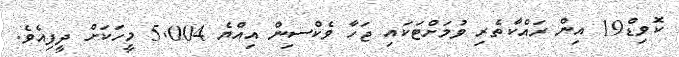
ކޮވިޑް19 އިން ރައްކާތެރި ވުމަށްޓަކައި ޖަހާ ވެކްސިން އިއްޔެ 5